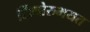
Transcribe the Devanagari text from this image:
सिंधोरुभयत